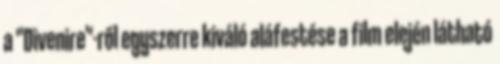
a "Divenire"-ről egyszerre kiváló aláfestése a film elején látható